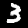
Label: 3